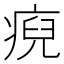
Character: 𤷅